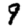
Digit: 9